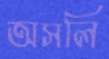
অসলি